Cholera in southern India
Disease focus: Cholera
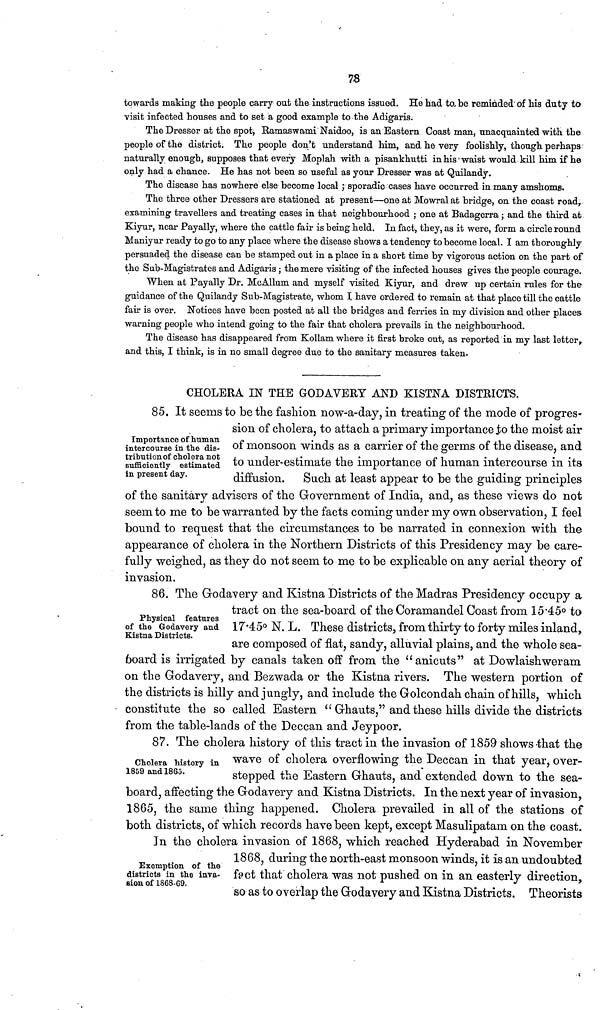
78
towards making the people carry out the instructions issued. He had to be reminded of his duty to
visit infected houses and to set a good example to the Adigaris.
The Dresser at the spot, Ramaswami Naidoo, is an Eastern Coast man, unacquainted with the
people of the district. The people don't understand him, and he very foolishly, though perhaps
naturally enough, supposes that every Moplah with a pisankhutti in his waist would kill him if he
only had a chance. He has not been so useful as your Dresser was at Quilandy.
The disease has nowhere else become local ; sporadic cases have occurred in many amsboms.
The three other Dressers are stationed at present—one at Mowral at bridge, on the coast road,
examining travellers and treating cases in that neighbourhood ; one at Badagerra ; and the third at
Kiyur, near Payally, where the cattle fair is being held. In fact, they, as it were, form a circle round
Maniyur ready to go to any place where the disease shows a tendency to become local. I am thoroughly
persuaded the disease can be stamped out in a place in a short time by vigorous action on the part of
the Sub-Magistrates and Adigaris ; the mere visiting of the infected houses gives the people courage.
When at Payally Dr. McAllum and myself visited Kiyur, and drew up certain rules for the
guidance of the Quilandy Sub-Magistrate, whom I have ordered to remain at that place till the cattle
fair is over. Notices have been posted at all the bridges and ferries in my division and other places
warning people who intend going to the fair that cholera prevails in the neighbourhood.
The disease has disappeared from Kollam where it first broke out, as reported in my last letter,
and this, I think, is in no small degree due to the sanitary measures taken.
Importance of human
intercourse in the dis-
tribution of cholera not
sufficiently estimated
in present day.
CHOLERA IN THE GODAVERY AND KISTNA DISTRICTS.
85. It seems to be the fashion now-a-day, in treating of the mode of progres-
sion of cholera, to attach a primary importance to the moist air
of monsoon winds as a carrier of the germs of the disease, and
to under-estimate the importance of human intercourse in its
diffusion. Such at least appear to be the guiding principles
of the sanitary advisers of the Government of India, and, as these views do not
seem to me to be warranted by the facts coming under my own observation, I feel
bound to request that the circumstances to be narrated in connexion with the
appearance of cholera in the Northern Districts of this Presidency may be care-
fully weighed, as they do not seem to me to be explicable on any aerial theory of
invasion.
Physical features
of the Godavery and
Kistna Districts.
86. The Godavery and Kistna Districts of the Madras Presidency occupy a
tract on the sea-board of the Coramandel Coast from 15·45° to
17·45° N. L. These districts, from thirty to forty miles inland,
are composed of flat, sandy, alluvial plains, and the whole sea-
board is irrigated by canals taken off from the "anicuts" at Dowlaishweram
on the Godavery, and Bezwada or the Kistna rivers. The western portion of
the districts is hilly and jungly, and include the Golcondah chain of hills, which
constitute the so called Eastern " Ghauts," and these hills divide the districts
from the table-lands of the Deccan and Jeypoor.
Cholera history in
1859 and 1865.
87. The cholera history of this tract in the invasion of 1859 shows that the
wave of cholera overflowing the Deccan in that year, over-
stepped the Eastern Ghauts, and extended down to the sea-
board, affecting the Godavery and Kistna Districts. In the next year of invasion,
1865, the same thing happened. Cholera prevailed in all of the stations of
both districts, of which records have been kept, except Masulipatam on the coast.
Exemption of the
districts in the inva-
sion of 1868-69.
In the cholera invasion of 1868, which reached Hyderabad in November
1868, during the north-east monsoon winds, it is an undoubted
fact that cholera was not pushed on in an easterly direction,
so as to overlap the Godavery and Kistna Districts. Theorists